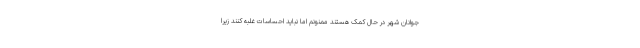
جوانان شهر در حال کمک هستند ممنونم اما نباید احساسات غلبه کنند زیرا